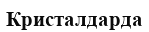
Кристалдарда